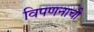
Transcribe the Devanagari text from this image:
विपणनाची